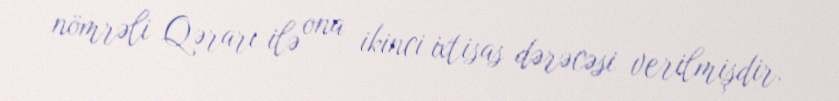
nömrəli Qərarı ilə ona ikinci ixtisas dərəcəsi verilmişdir.